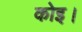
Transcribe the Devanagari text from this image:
कोइ।